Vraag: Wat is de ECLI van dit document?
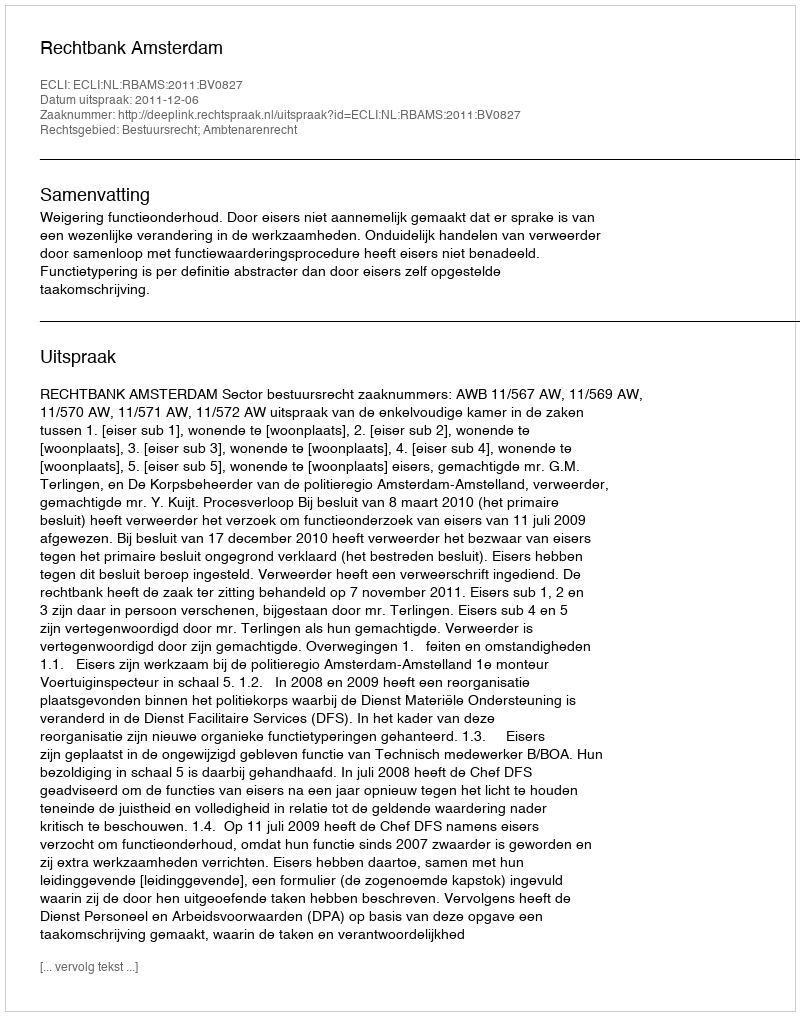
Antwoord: ECLI:NL:RBAMS:2011:BV0827